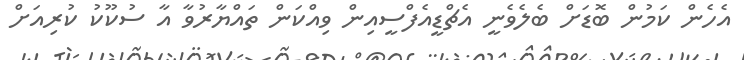
އެހެން ކަމުން ބޮޑަށް ބެލެވެނީ އެޗްޑީއެފްސީއިން ވިއްކަން ތައްޔާރުވާ އާ ސުކޫކު ކުރިއަށް